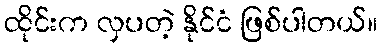
ထိုင်းက လှပတဲ့ နိုင်ငံ ဖြစ်ပါတယ်။